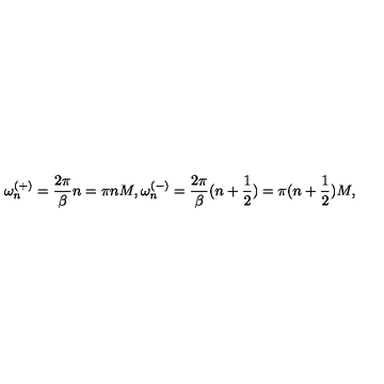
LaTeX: \omega _ { n } ^ { ( + ) } = \frac { 2 \pi } { \beta } n = \pi n M , \omega _ { n } ^ { ( - ) } = \frac { 2 \pi } { \beta } ( n + \frac { 1 } { 2 } ) = \pi ( n + \frac { 1 } { 2 } ) M ,